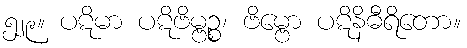
၅၂၉။ ပဋိမာ ပဋိဗိမ္ဗဉ္စ၊ ဗိမ္ဗော ပဋိနိဓီရိတော။